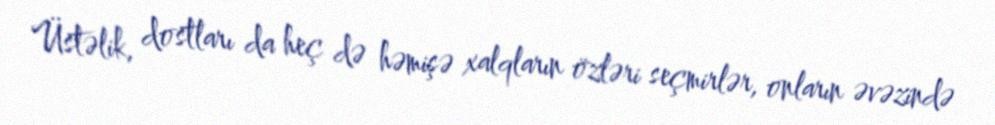
Üstəlik, dostları da heç də həmişə xalqların özləri seçmirlər, onların əvəzində